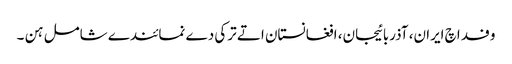
وفد اچ ایران، آذربائیجان، افغانستان اتے ترکی دے نمائندے شامل ہن ۔